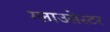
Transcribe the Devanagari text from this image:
ग्लाउसेस्टर